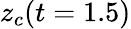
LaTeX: z_{c}(t=1.5)